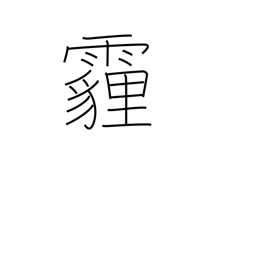
Meaning: wind-blown dust falling like rain